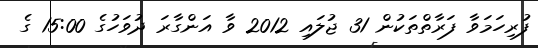
ފުރިހަމަވާ ފަރާތްތަކުން 31 ޖުލައި 2012 ވާ އަންގާރަ ދުވަހުގެ 15:00 ގެ